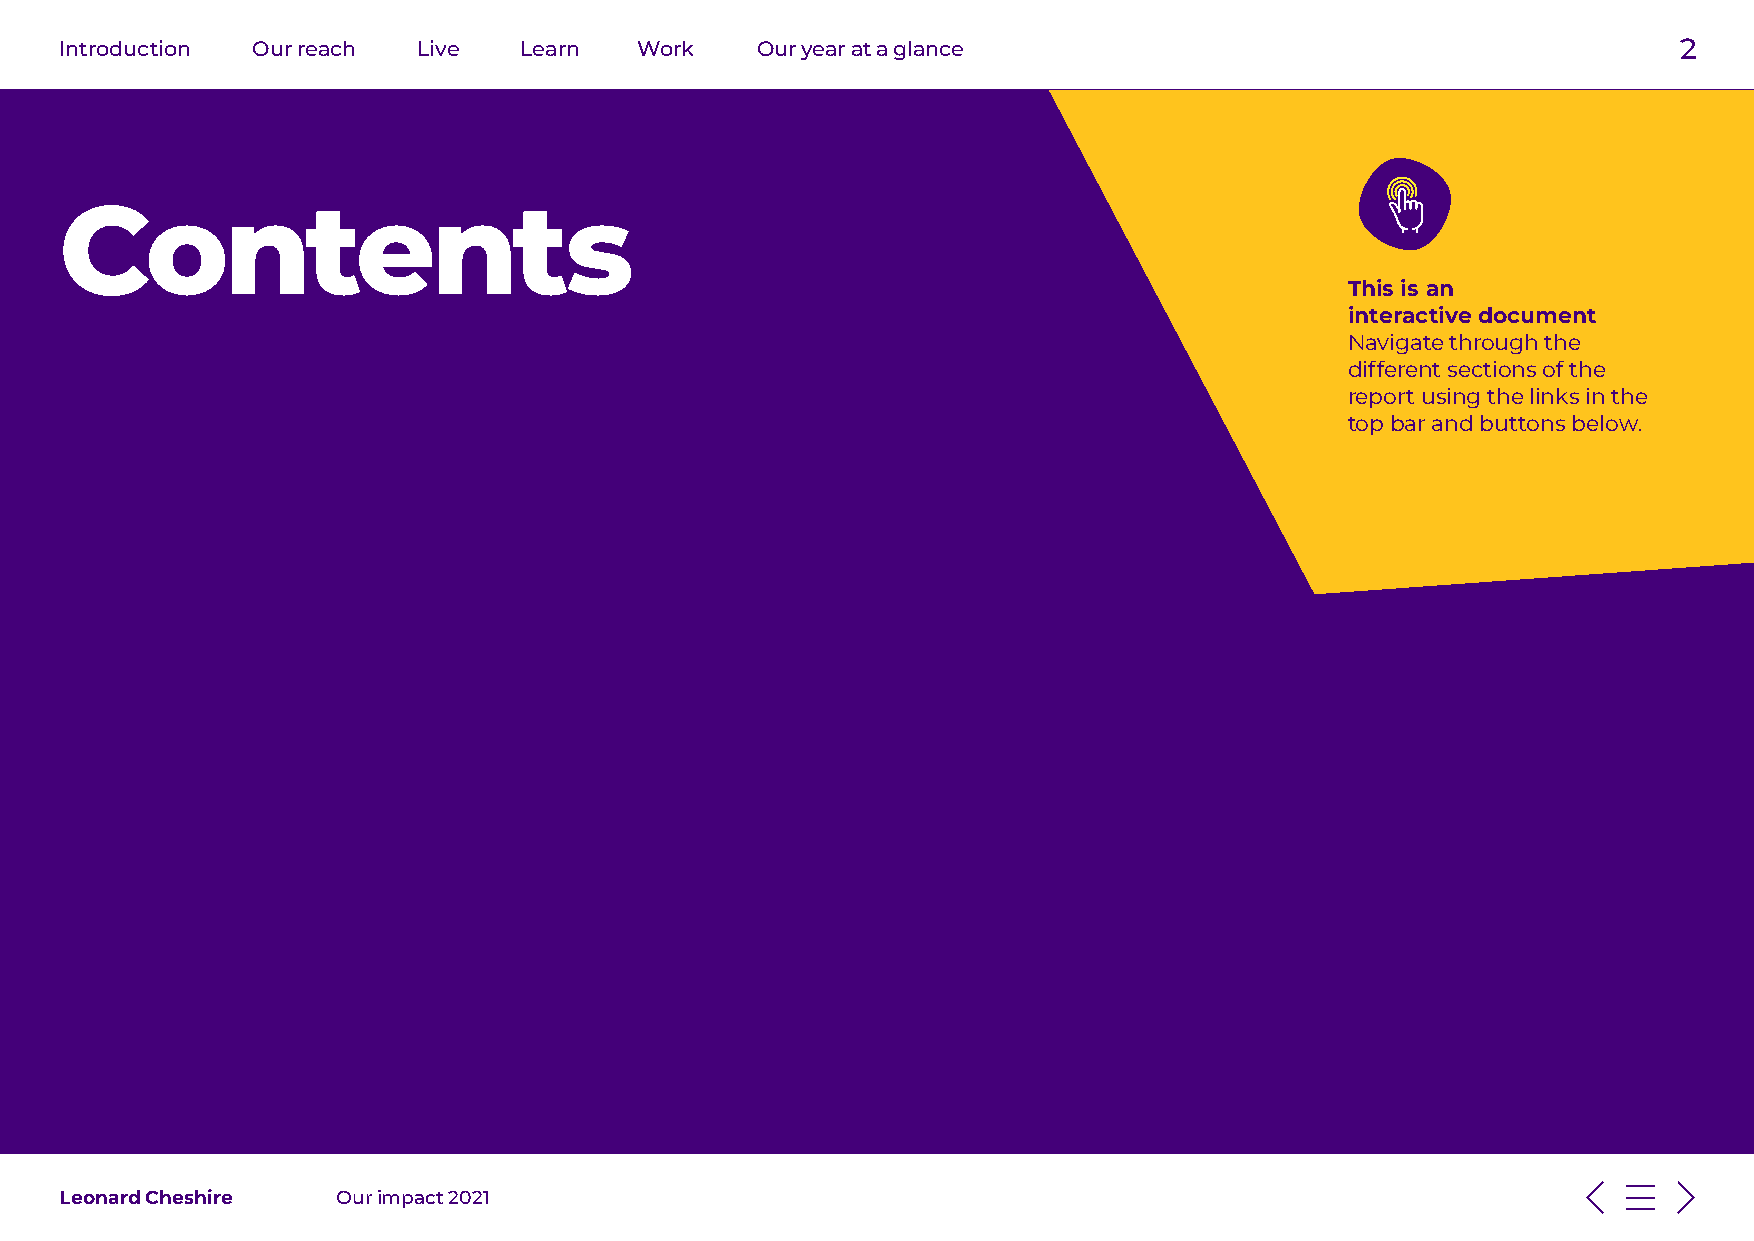
Introduction Our reach  Live  Learn   Work    Our year at a glance                                         2
 Contents
 This is an
 interactive document
 Navigate through the
 different sections of the
 report using the links in the
 top bar and buttons below.
 Leonard Cheshire  Our impact 2021